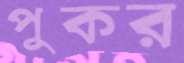
পুকর